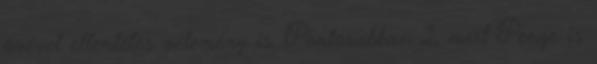
övével ellentétes vélemény is. Pontosabban 2, mert Penge is